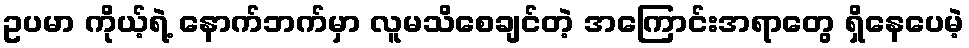
ဥပမာ ကိုယ့်ရဲ့ နောက်ဘက်မှာ လူမသိစေချင်တဲ့ အကြောင်းအရာတွေ ရှိနေပေမဲ့